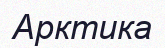
Арктика